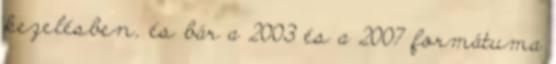
kezelésben, és bár a 2003 és a 2007 formátuma